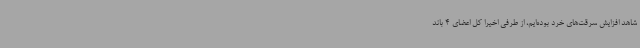
شاهد افزایش سرقت‌های خرد بوده‌ایم، از طرفی اخیرا کل اعضای 4 باند